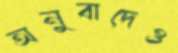
অনুবাদেও